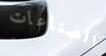
الصناعات